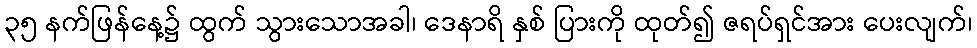
၃၅ နက်ဖြန်နေ့၌ ထွက် သွားသောအခါ၊ ဒေနာရိ နှစ် ပြားကို ထုတ်၍ ဇရပ်ရှင်အား ပေးလျက်၊